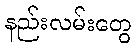
နည်းလမ်းတွေ